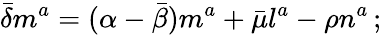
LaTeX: {\bar{\delta}}m^{a}=(\alpha-{\bar{\beta}})m^{a}+{\bar{\mu}}l^{a}-\rho n^{a}\, ;